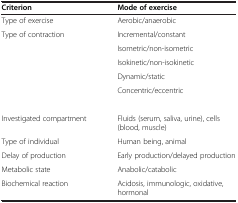
<table><thead><tr><td><b>Criterion</b></td><td><b>Mode of exercise</b></td></tr></thead><tbody><tr><td>Type of exercise</td><td>Aerobic/anaerobic</td></tr><tr><td>Type of contraction</td><td>Incremental/constant</td></tr><tr><td> </td><td>Isometric/non-isometric</td></tr><tr><td> </td><td>Isokinetic/non-isokinetic</td></tr><tr><td> </td><td>Dynamic/static</td></tr><tr><td> </td><td>Concentric/eccentric</td></tr><tr><td colspan="2"> </td></tr><tr><td>Investigated compartment</td><td>Fluids (serum, saliva, urine), cells (blood, muscle)</td></tr><tr><td>Type of individual</td><td>Human being, animal</td></tr><tr><td>Delay of production</td><td>Early production/delayed production</td></tr><tr><td>Metabolic state</td><td>Anabolic/catabolic</td></tr><tr><td>Biochemical reaction</td><td>Acidosis, immunologic, oxidative, hormonal</td></tr></tbody></table>